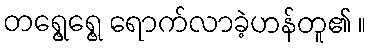
တရွေ့ရွေ့ ရောက်လာခဲ့ဟန်တူ၏ ။